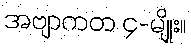
အဗျာကတ ၄-မျိုး။